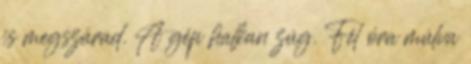
is megszárad. A gép halkan zúg. Fél óra múlva